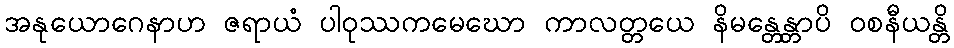
အနုယောဂေနာဟ ဇရာယံ ပါဝုဿကမေဃော ကာလတ္တယေ နိမန္တေန္တာပိ ဝစနီယန္တိ